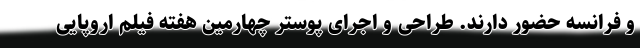
و فرانسه حضور دارند. طراحی و اجرای پوستر چهارمین هفته فیلم اروپایی